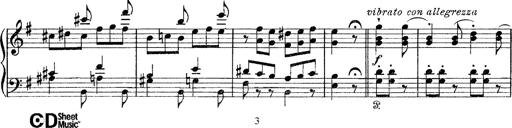
Title: Tarantelle di bravura dâ€™aprÃ¨s la tarantelle de La muette de Portici
Composer: Franz Liszt